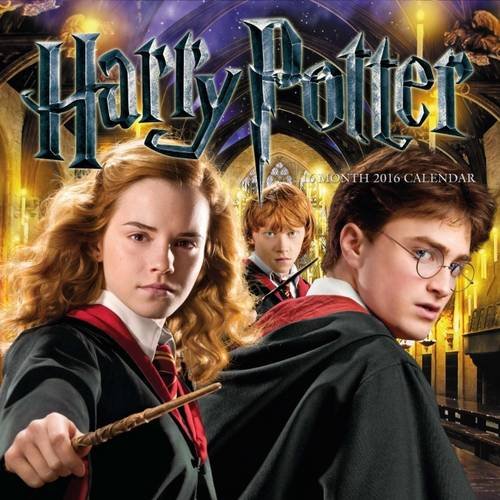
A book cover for The Official Harry Potter 2016 Square Calendar; Calendars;